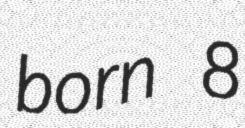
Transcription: born 8